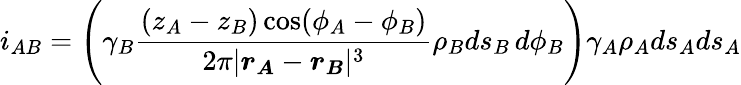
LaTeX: i_{AB}=\Bigg(\gamma_{B}\frac{(z_{A}-z_{B})\cos(\phi_{A}-\phi_{B})}{2\pi|\boldsymbol{r_{A}}-\boldsymbol{r_{B}}|^{3}}\rho_{B}ds_{B}\, d\phi_{B}\Bigg)\gamma_{A}\rho_{A}ds_{A}ds_{A}